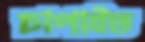
চাপাইত